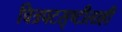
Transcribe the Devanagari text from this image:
चित्रपटसृष्टीलाही